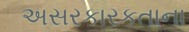
અસરકારકતાના